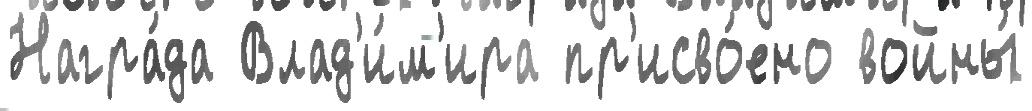
Награ́да Влад'и́м'ира пр'исво́ено войны́